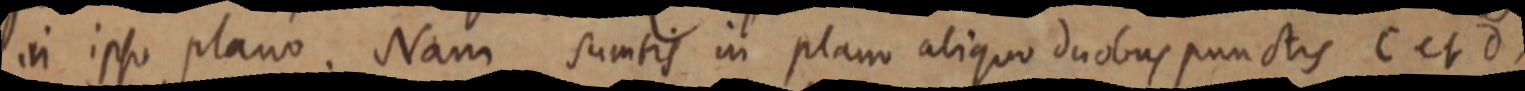
in ipso plano. Nam sumtis in plano aliquo duobus punctis C et d,